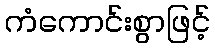
ကံကောင်းစွာဖြင့်